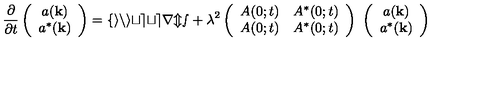
\frac { \partial } { \partial t } \left( \begin{array} { c } { a ( { \bf k } ) } \\ { a ^ { * } ( { \bf k } ) } \\ \end{array} \right) = \mathrm { \cal f i n i t e t e r m s } + \lambda ^ { 2 } \left( \begin{array} { c c } { A ( 0 ; t ) } & { A ^ { * } ( 0 ; t ) } \\ { A ( 0 ; t ) } & { A ^ { * } ( 0 ; t ) } \\ \end{array} \right) \ \left( \begin{array} { c } { a ( { \bf k } ) } \\ { a ^ { * } ( { \bf k } ) } \\ \end{array} \right)